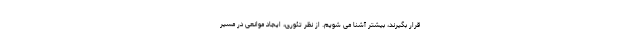
قرار بگیرند، بیشتر آشنا می شویم. از نظر تئوری، ایجاد موانعی در مسیر